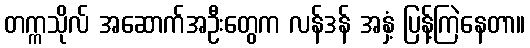
တက္ကသိုလ် အဆောက်အဦးတွေက လန်ဒန် အနှံ့ ပြန့်ကြဲနေတာ။